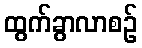
ထွက်ခွာလာစဉ်